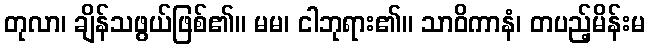
တုလာ၊ ချိန်သဖွယ်ဖြစ်၏။ မမ၊ ငါဘုရား၏။ သာဝိကာနံ၊ တပည့်မိန်းမ